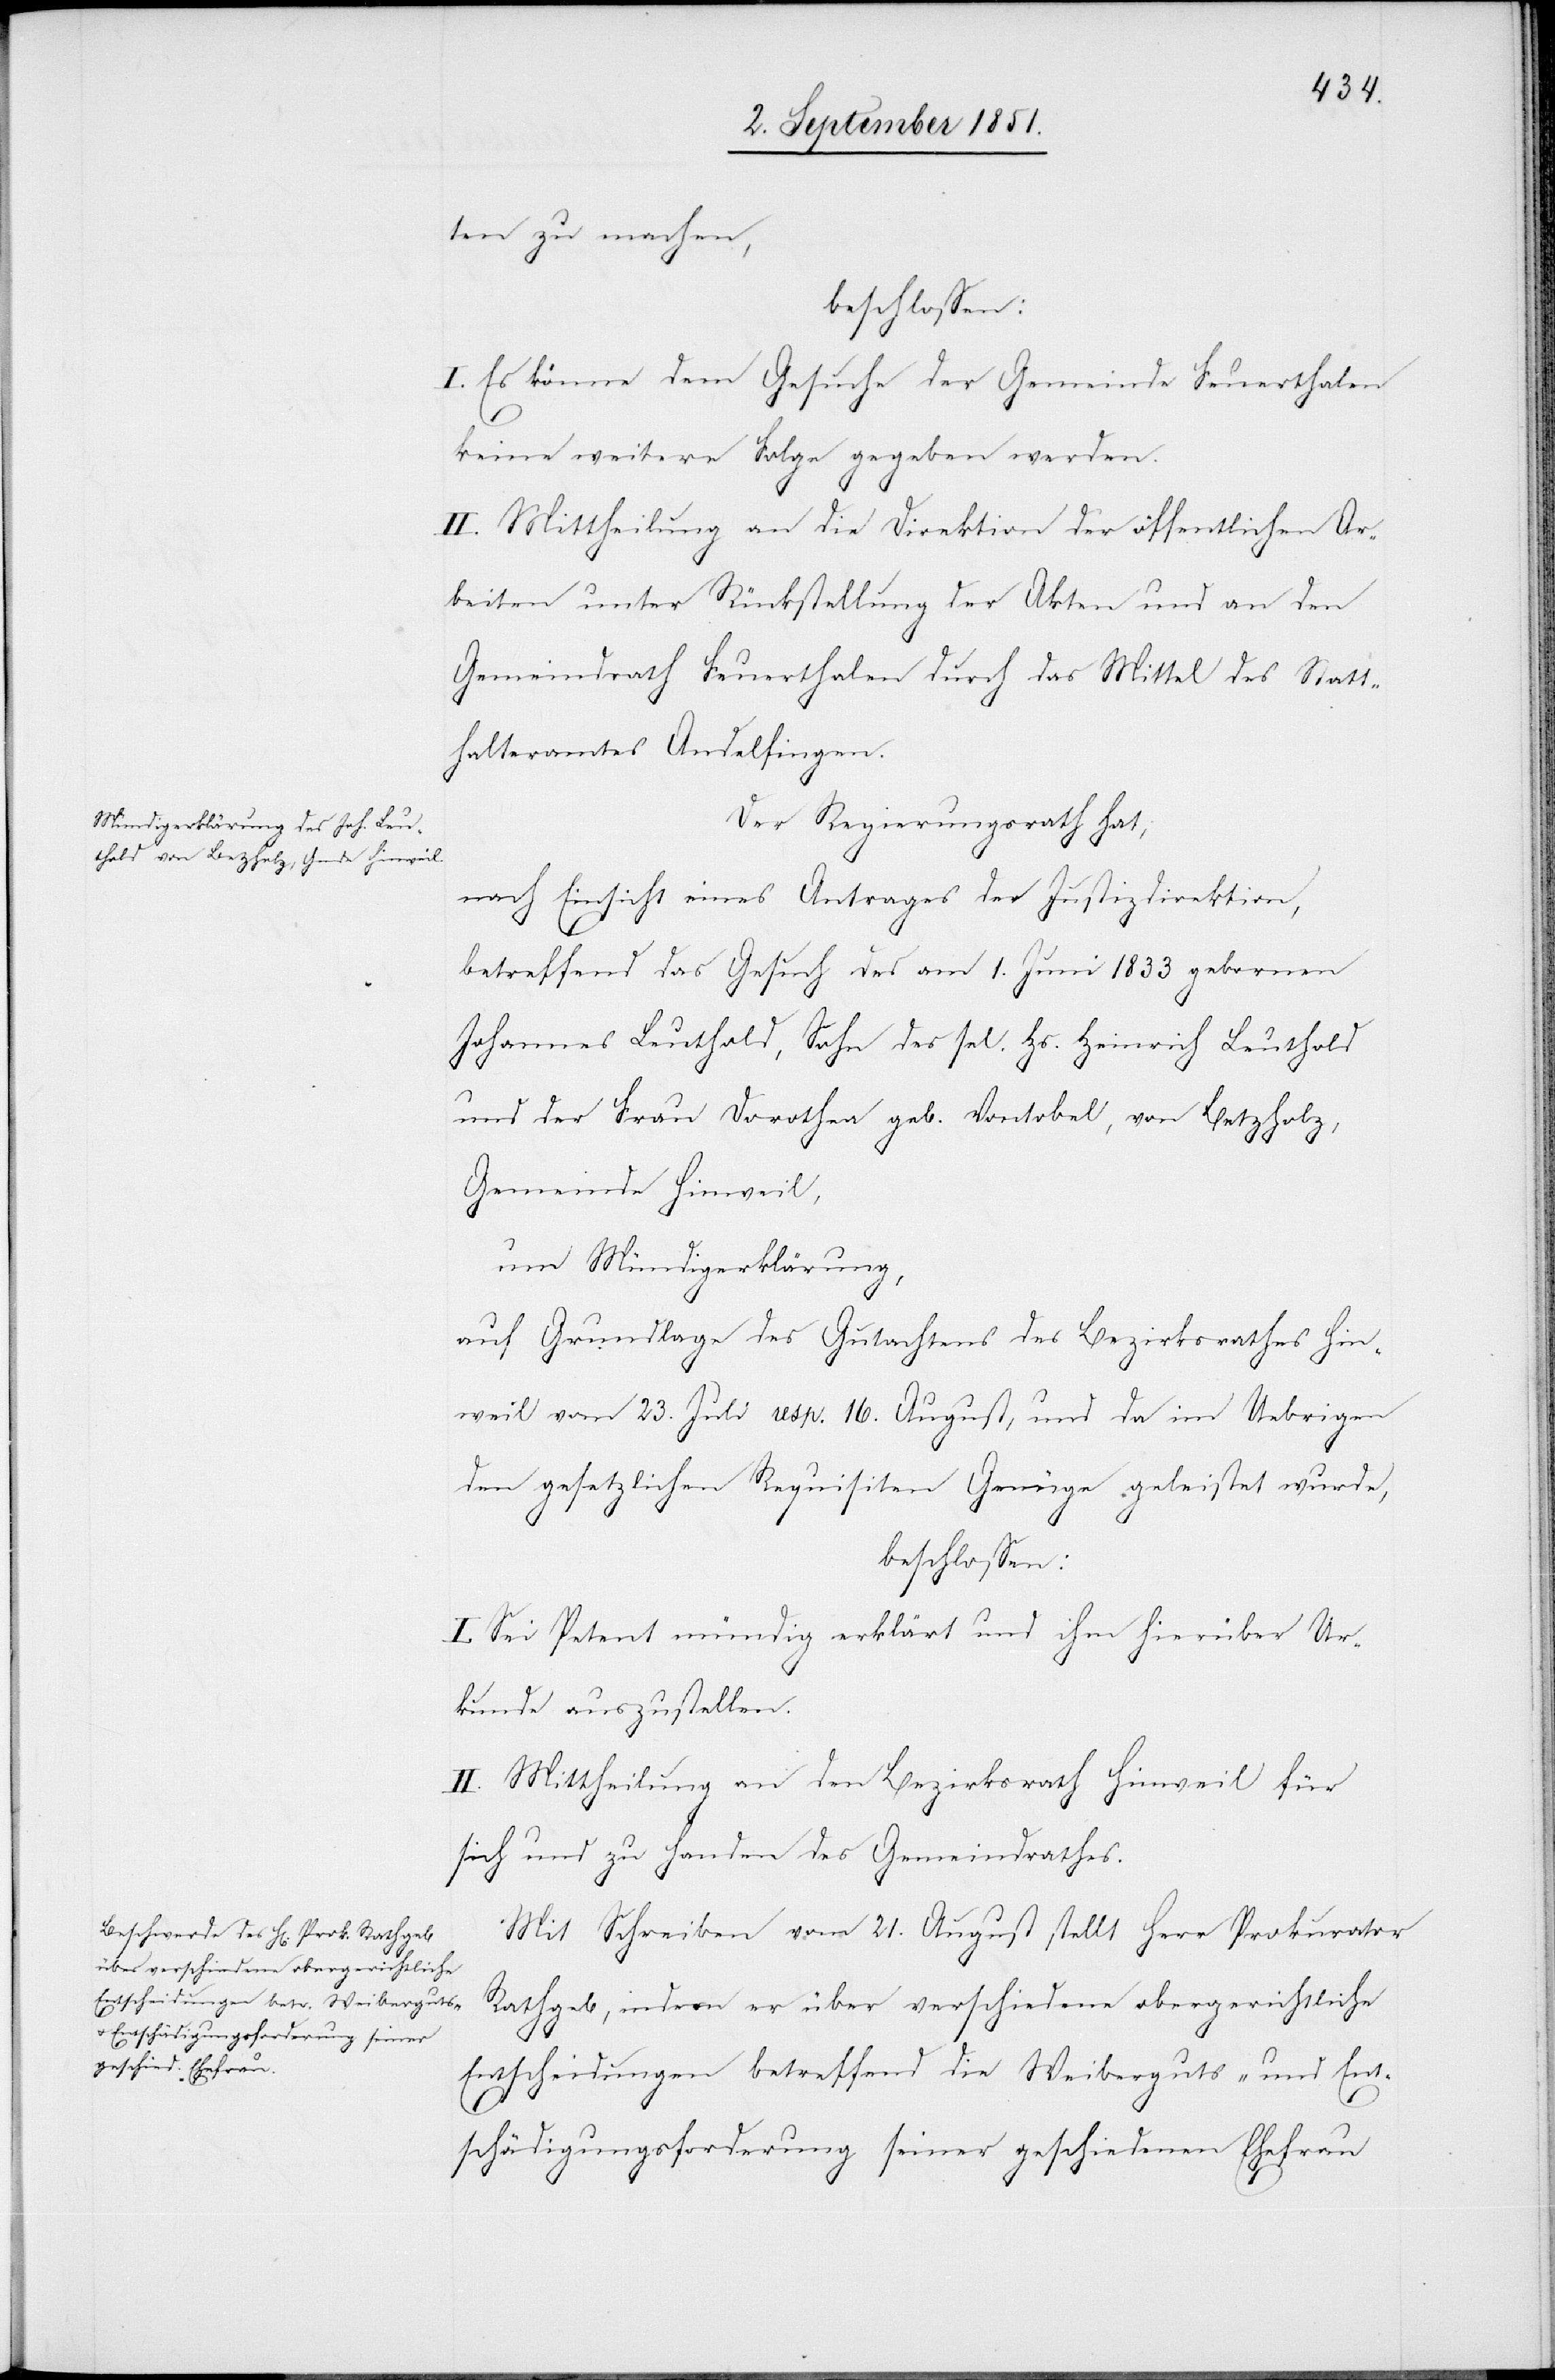
ten[d] zu machen,
beschlossen:
I. Es könne dem Gesuche der Gemeinde Feuerthalen
keine weitere Folge gegeben werden.
II. Mittheilung an die Direktion der öffentlichen Ar¬
beiten unter Rückstellung der Akten und an den
Gemeindrath Feuerthalen durch das Mittel des Statt¬
halteramtes Andelfingen.
Der Regierungsrath hat,
nach Einsicht eines Antrages der Justizdirektion,
betreffend das Gesuch des am 1. Juni 1833 gebornen
Johannes Leuthold, Sohn des sel. Hs. Heinrich Leuthold
und der Frau Dorothea geb. Vontobel, von Betzholz,
Gemeinde Hinweil,
um Mündigerklärung,
auf Grundlage des Gutachtens des Bezirksrathes Hin¬
weil vom 23. Juli resp. 16. August, und da im Uebrigen
den gesetzlichen Requisiten Genüge geleistet wurde,
beschlossen:
I. Sei Petent mündig erklärt und ihm hierüber Ur¬
kunde auszustellen.
II. Mittheilung an den Bezirksrath Hinweil für
sich und zu Handen des Gemeindrathes.
Mit Schreiben vom 21. August stellt Herr Prokurator
Rathgeb, indem er über verschiedene obergerichtliche
Entscheidungen betreffend die Weiberguts- und Ent¬
schädigungsforderung seiner geschiedenen Ehefrau